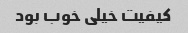
کیفیت خیلی خوب بود